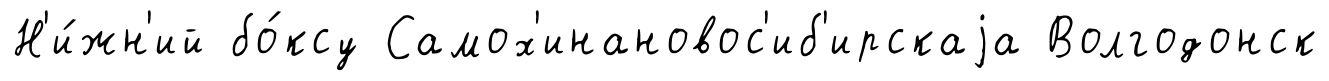
Н'и́жн'ий бо́ксу Самох'инановос'иб'ирскаjа Волгодонск